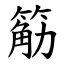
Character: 䈥